Civil Veterinary Dept. Bombay admin report 1900-1906 - 1900-1906
Year: 1900
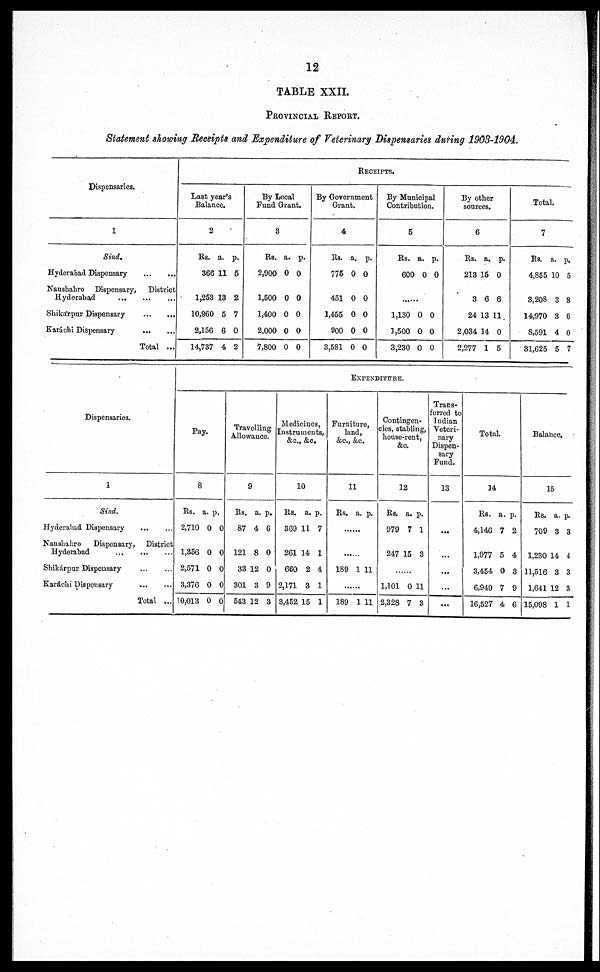
12
TABLE XXII.
PROVINCIAL REPORT.
Statement showing Receipts and Expenditure of Veterinary Dispensaries during 1903-1904.
Dispensaries.
1
Sind.
Hyderabad Dispensary
...
...
Naushahro Dispensary, District
Hyderabad
...
...
...
Shikárpur Dispensary
...
...
Karáchi Dispensary
...
...
Total ...
Last ye
Balan
2
Rs.
366
1,253
10,960
2,156
14,737
ar's
ce.
a.
11
13
5
6
4
p.
5
2
7
0
2
By L
Fund G
3
Rs.
2,900
1,500
1,400
2,000
7,800
ocal
ran
a.
0
0
0
0
0
t.
p.
0
0
0
0
0
By Gove
Gra
4
Rs.
775
451
1,455
900
3,581
R
rnm
nt.
a.
0
0
0
0
0
ECEIPTS.
ent
p.
0
0
0
0
0
By Mun
Contribu
5
Rs.
600
.........
1,130
1,500
3,230
icipa
tion
a.
0
0
0
0
l
.
p.
0
0
0
0
By ot
sourc
6
Rs.
213
3
24
2,034
2,277
her
es.
a.
15
6
13 1
14
1
p.
0
6
1
0
5
7
Rs.
4,855
3,203
14,970
S,591
31,625
a.
10
3
3
4
5
p.
5
8
6
0
7
Dispensaries.
1
Sind.
Hyderabad Dispensary
...
...
Naushahro
Dispensary, District
Hyderabad
...
...
...
Shikárpur Dispensary ... ...
Karáchi Dispensary
...
...
Total ...
EXPENDITURE.
Pay.
8
Rs.
2,710
1,356
2,571
3,376
10,013
a.
0
0
0
0
0
p.
0
0
0
0
0
Travelling
Allowance.
9
Rs.
87
121
33
301
543
a.
4
8
12
3
12
p.
6
0
0
9
3
Medicines,
Instruments,
&c., &c.
10
Rs.
369
261
660
2,171
3,452
a.
11
14
2
3
15
p.
7
1
4
1
1
Furniture,
land,
&c., &c.
11
Rs.
.......
189
......
189
a.
1
1
p.
11
11
Contingen-
cies, stabling,
house-rent,
&c.
12
Rs.
979
247
......
1,101
2,328
a.
7
15
0
7
p.
1
3
11
3
Trans-
ferred to
Indian
Veteri-
nary
Dispen-
sary
Fund.
13
...
...
...
...
...
Total.
14
Rs.
4,146
1,977
3,454
6,949
16,527
a.
7
5
0
7
4
p.
2
4
3
9
6
Balance.
15
Rs.
709
1,230 1
11,516
1,641
15,098
a.
3
4
3
12
1
p.
3
4
3
3
1